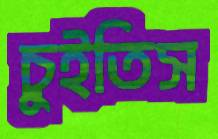
চুইতিস